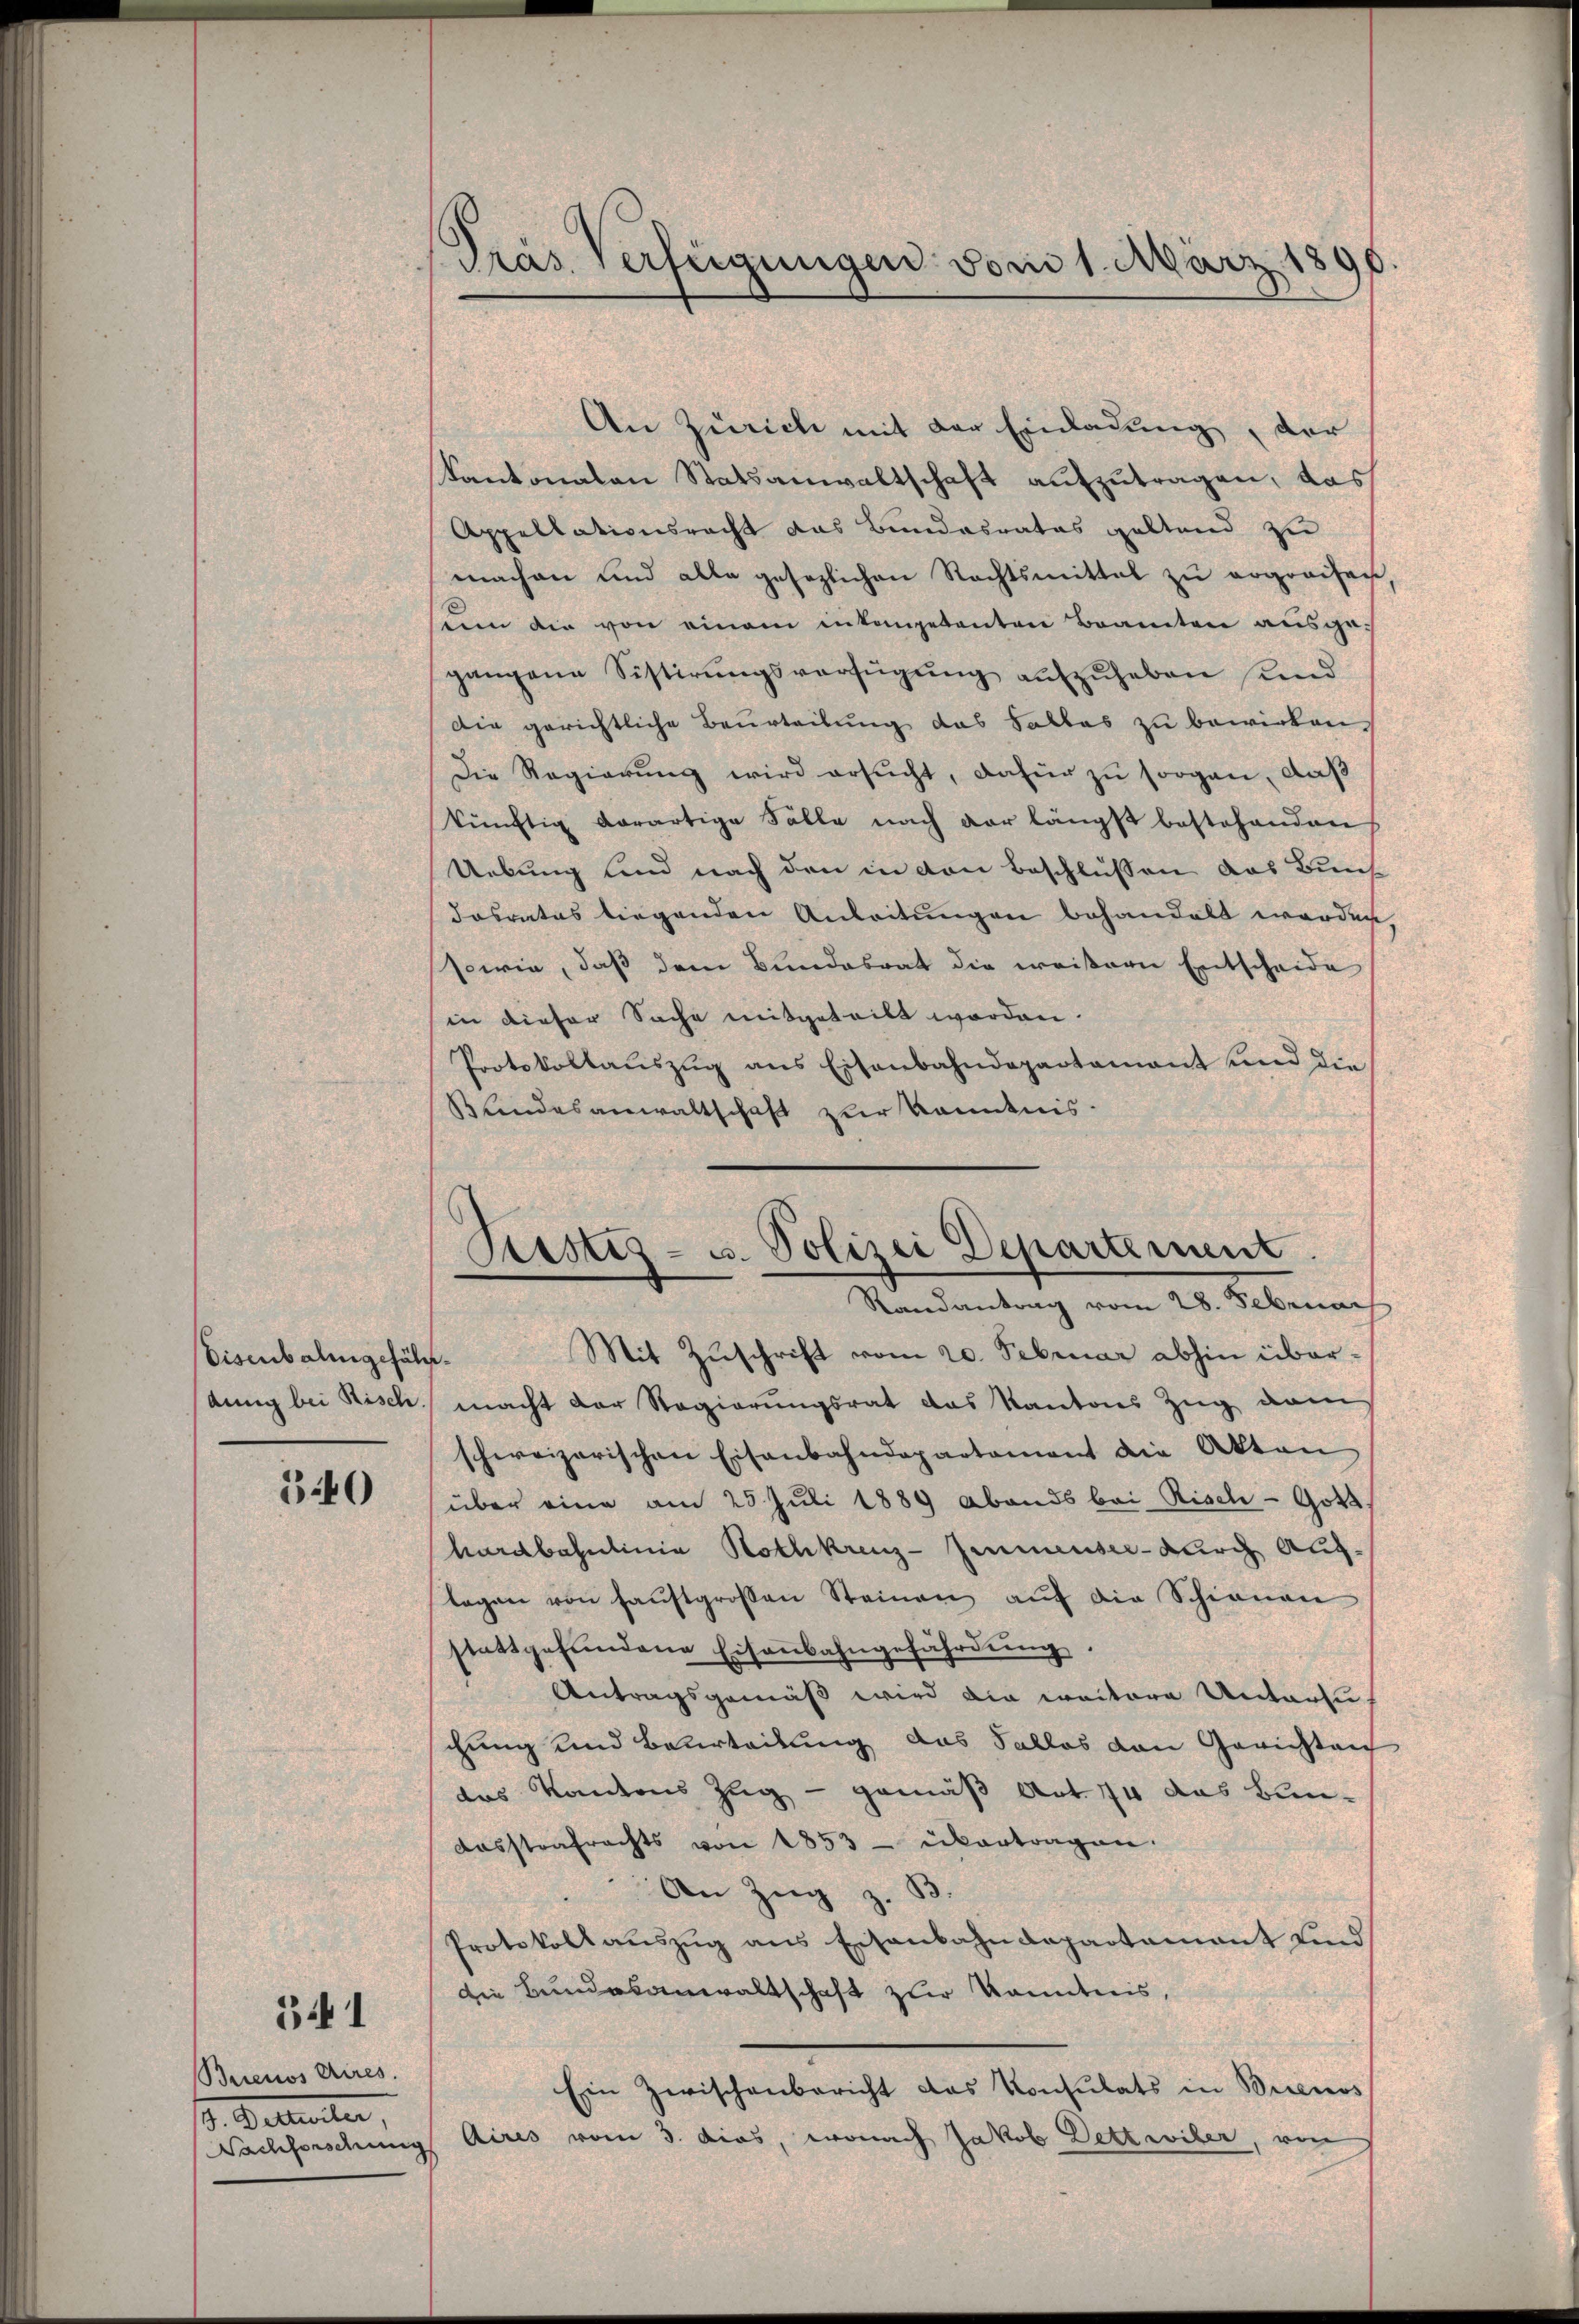
Eisenbahngefäh
annig bei Risch

540

341

Buenos Aires.
. Gallenten,
Nachforschun

Pras Verfügungen vom 1. März 181

Piestes- u. Polizei Departement
d
Randantrag vom 28. Februar

An Zürich mit der Einladung, der
Kantonalen Statsanwaltschaft aufzutragen, das
Appellationsracht das Bundesrates galtend zu
machen und alle gesezlichen Rechtsmittel zu ergreifen,
sein die von einem integetanten Brauten aŭsge-
gangene Sistirŭngsverfügung aufzuheben und
Die gerichtliche Beurteilung das Salles zu bewirken.
Die Regierung wird ersucht, dafür zu sorgen, daß
künftig derartige Fälle nach der längst bestehenden
Uebung und nach den in den beschlüssen das Bunde
dasrates liegenden Anleitungen behandelt werden,
sowie, daß dem Bundesrat die weitern Entscheide
in dieser Sache mitgeteilt worden.
Protokollaŭszŭg ans Eisenbahndepartamant und die
Bundesanwaltschaft zur Kenntnis.
Mit Zuschrift vom 20. Februar abhin über¬
¬
macht der Regierungsrat das Kantons Zug vom
schweizerischen Eisenbahndepartement die Akten
über eine am 25. Juli 1889 Abends bei Risch - Gott,
hardbahnlinia Rothkreuz-Zimmenser- durch Aug.
legen von Haŭstgrossen Steinen aŭf die Schienen
stattgefŭndene Eisenbahngefährdŭng.
Antragsgemäß wird die weitere Unterzuf
chung und Beurteilung das Falles den Gerichten
das Kantons Zug - gemäß Art. 74 das Bun¬
Aasstrafrechts von 1853 - übertragen.
An Zŭg z. B.
Protokoll aŭszŭg ans Eisenbahndepartamant sind
die Bundesanwaltschaft zur Kenntnis,
Ein Zwischenbericht das Konsulats in Buenos
Aires vom 3. dies, wonach Jakob Dettwiler, von